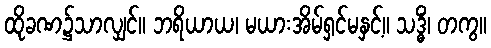
ထိုခဏ၌သာလျှင်။ ဘရိယာယ၊ မယားအိမ်ရှင်မနှင့်။ သဒ္ဓိံ၊ တကွ။